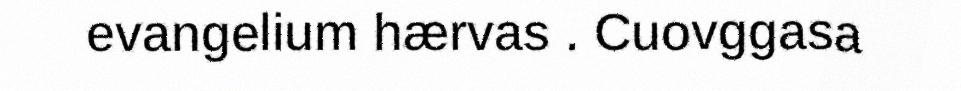
evangelium hærvas . Cuovggasa